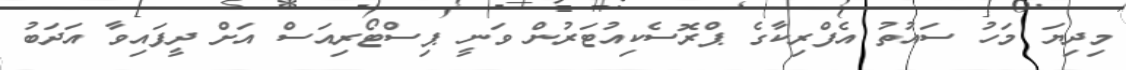
މިދިޔަ މަހު ސައުތު އެފްރިކާގެ ޕްރޮސެކިއުޓަރުން ވަނީ ޕިސްޓޯރިއަސް އަށް ދީފައިވާ އަދަބު